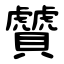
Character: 贙